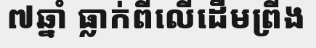
៧ឆ្នាំ ធ្លាក់ពីលើដើមព្រីង